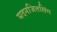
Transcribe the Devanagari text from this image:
मदनजितसिंग